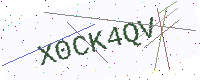
Text: X0CK4QV